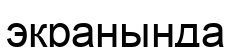
экранында